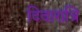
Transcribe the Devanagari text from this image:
दिवारात्रि